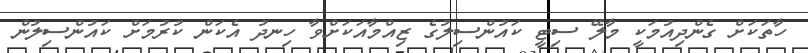
ހާތަކަށް ގެންދިއުމަކީ މާލޭ ސިޓީ ކައުންސިލުގެ ޒިއްމާއަކަށްވާ ހިނދު އެކަން ކުރުމަށް ކައުންސިލުން